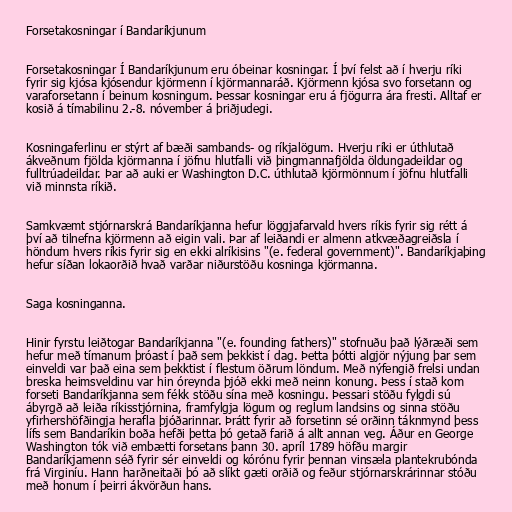
Forsetakosningar í Bandaríkjunum

Forsetakosningar Í Bandaríkjunum eru óbeinar kosningar. Í því felst að í hverju ríki
fyrir sig kjósa kjósendur kjörmenn í kjörmannaráð. Kjörmenn kjósa svo forsetann og
varaforsetann í beinum kosningum. Þessar kosningar eru á fjögurra ára fresti. Alltaf er
kosið á tímabilinu 2.-8. nóvember á þriðjudegi.

Kosningaferlinu er stýrt af bæði sambands- og ríkjalögum. Hverju ríki er úthlutað
ákveðnum fjölda kjörmanna í jöfnu hlutfalli við þingmannafjölda öldungadeildar og
fulltrúadeildar. Þar að auki er Washington D.C. úthlutað kjörmönnum í jöfnu hlutfalli
við minnsta ríkið.

Samkvæmt stjórnarskrá Bandaríkjanna hefur löggjafarvald hvers ríkis fyrir sig rétt á
því að tilnefna kjörmenn að eigin vali. Þar af leiðandi er almenn atkvæðagreiðsla í
höndum hvers ríkis fyrir sig en ekki alríkisins "(e. federal government)". Bandaríkjaþing
hefur síðan lokaorðið hvað varðar niðurstöðu kosninga kjörmanna.

Saga kosninganna.

Hinir fyrstu leiðtogar Bandaríkjanna "(e. founding fathers)" stofnuðu það lýðræði sem
hefur með tímanum þróast í það sem þekkist í dag. Þetta þótti algjör nýjung þar sem
einveldi var það eina sem þekktist í flestum öðrum löndum. Með nýfengið frelsi undan
breska heimsveldinu var hin óreynda þjóð ekki með neinn konung. Þess í stað kom
forseti Bandaríkjanna sem fékk stöðu sína með kosningu. Þessari stöðu fylgdi sú
ábyrgð að leiða ríkisstjórnina, framfylgja lögum og reglum landsins og sinna stöðu
yfirhershöfðingja herafla þjóðarinnar. Þrátt fyrir að forsetinn sé orðinn táknmynd þess
lífs sem Bandaríkin boða hefði þetta þó getað farið á allt annan veg. Áður en George
Washington tók við embætti forsetans þann 30. apríl 1789 höfðu margir
Bandaríkjamenn séð fyrir sér einveldi og kórónu fyrir þennan vinsæla plantekrubónda
frá Virginíu. Hann harðneitaði þó að slíkt gæti orðið og feður stjórnarskrárinnar stóðu
með honum í þeirri ákvörðun hans.